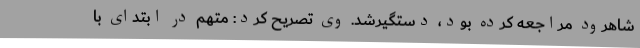
شاهرود مراجعه کرده بود، دستگیرشد. وی تصریح کرد: متهم در ابتدای با